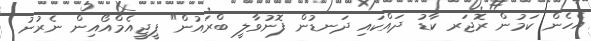
އެހެން ކަމުން ރޮޖަރ ކާޑު ދައްކައި ދަނޑުން ފޮނުވާލީ ބްރައުން" ޕީޖީއެމްއޯއިން ނެރުނު